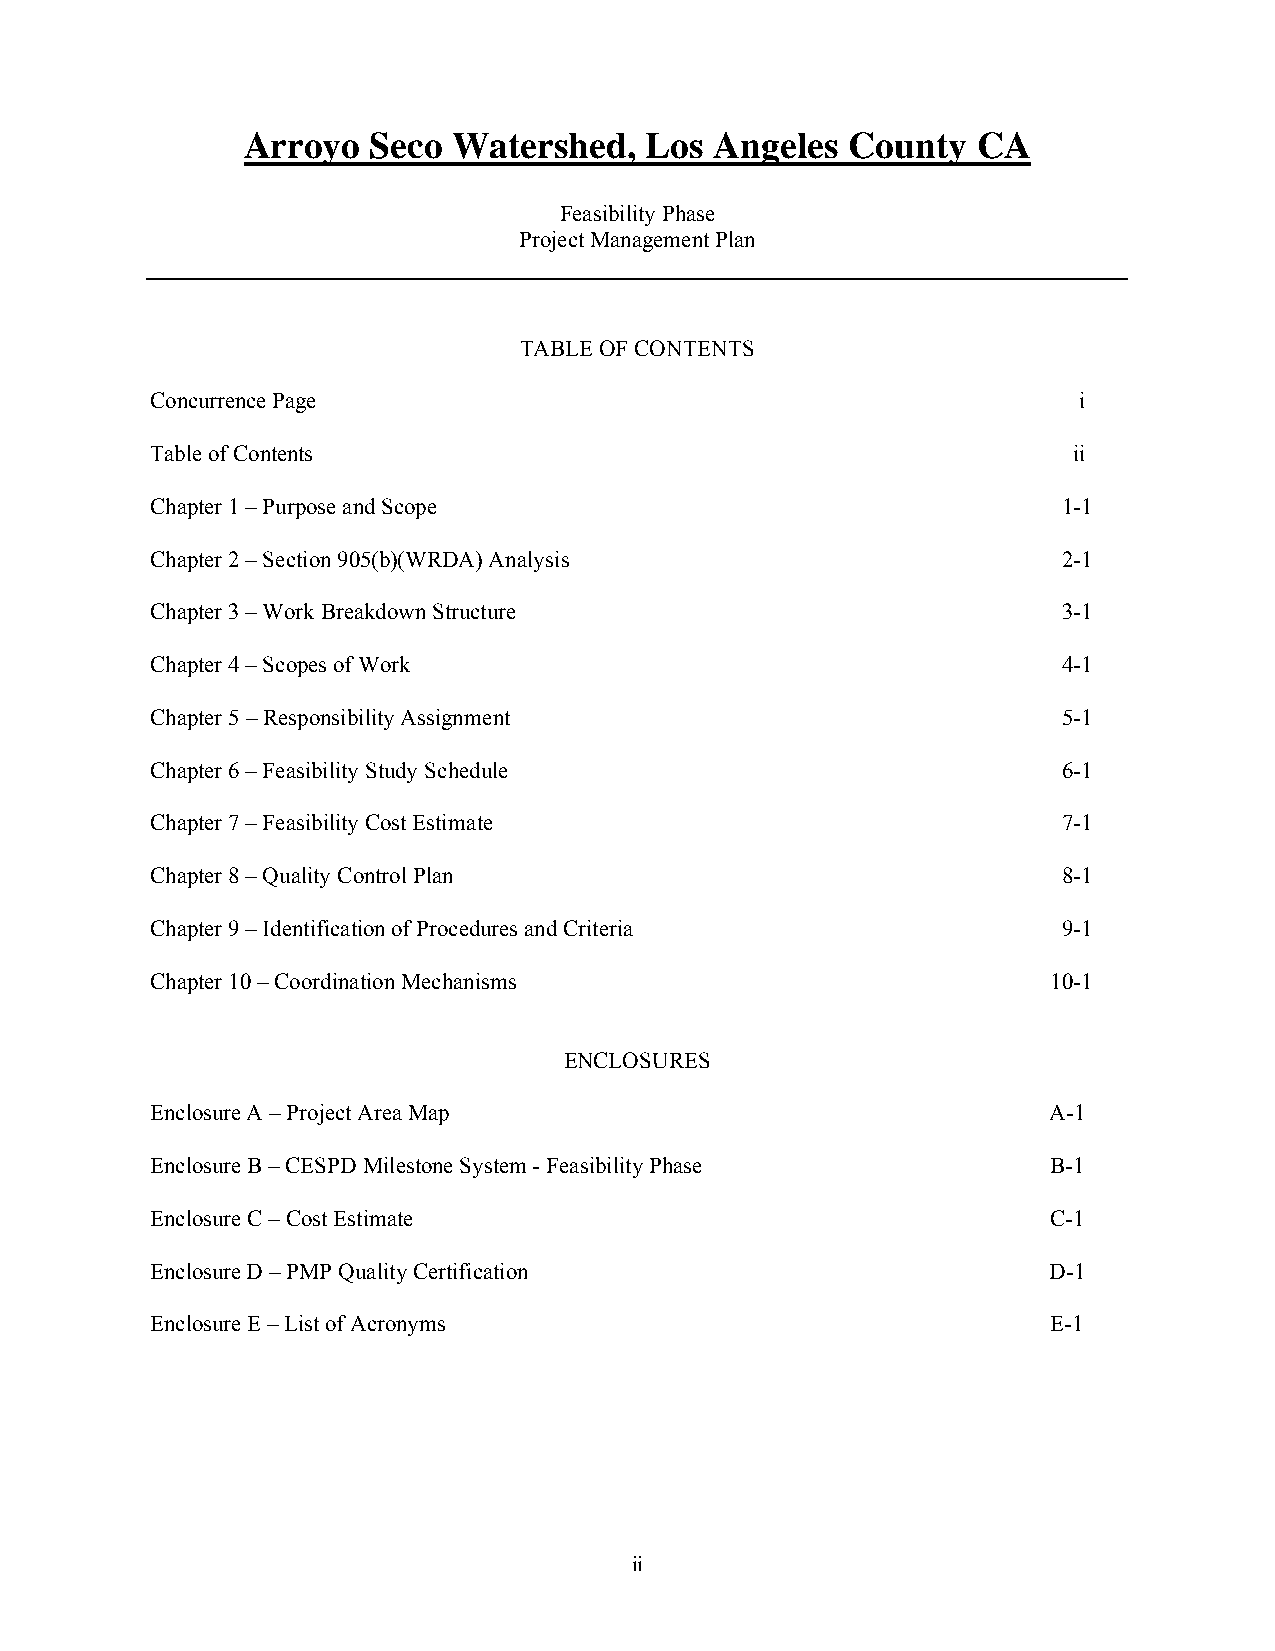
Arroyo   Seco Watershed,   Los Angeles  County   CA
 Feasibility Phase
 Project Management Plan
 TABLE OF CONTENTS
 Concurrence Page                                             i
 Table of Contents                                            ii
 Chapter 1 – Purpose and Scope                               1-1
 Chapter 2 – Section 905(b)(WRDA) Analysis                   2-1
 Chapter 3 – Work Breakdown Structure                        3-1
 Chapter 4 – Scopes of Work                                  4-1
 Chapter 5 – Responsibility Assignment                       5-1
 Chapter 6 – Feasibility Study Schedule                      6-1
 Chapter 7 – Feasibility Cost Estimate                       7-1
 Chapter 8 – Quality Control Plan                            8-1
 Chapter 9 – Identification of Procedures and Criteria       9-1
 Chapter 10 – Coordination Mechanisms                        10-1
 ENCLOSURES
 Enclosure A – Project Area Map                              A-1
 Enclosure B – CESPD Milestone System - Feasibility Phase    B-1
 Enclosure C – Cost Estimate                                 C-1
 Enclosure D – PMP Quality Certification                     D-1
 Enclosure E – List of Acronyms                              E-1
 ii